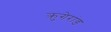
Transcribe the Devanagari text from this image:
क्रुगेरांड